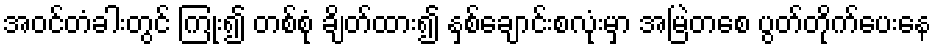
အဝင်တံခါးတွင် ကြုံး၍ တစ်စုံ ချိတ်ထား၍ နှစ်ချောင်းစလုံးမှာ အမြဲတစေ ပွတ်တိုက်ပေးနေ